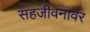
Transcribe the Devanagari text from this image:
सहजीवनावर